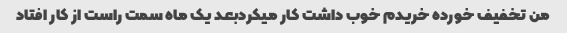
من تخفیف خورده خریدم خوب داشت کار میکردبعد یک ماه سمت راست از کار افتاد